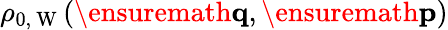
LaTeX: \rho_{0,\mathrm{~W~}}(\ensuremath{\mathbf{q}},\ensuremath{\mathbf{p}})